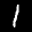
Label: 1